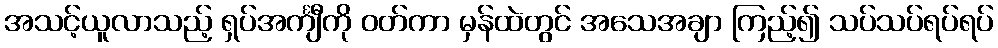
အသင့်ယူလာသည့် ရှပ်အင်္ကျီကို ဝတ်ကာ မှန်ထဲတွင် အသေအချာ ကြည့်၍ သပ်သပ်ရပ်ရပ်